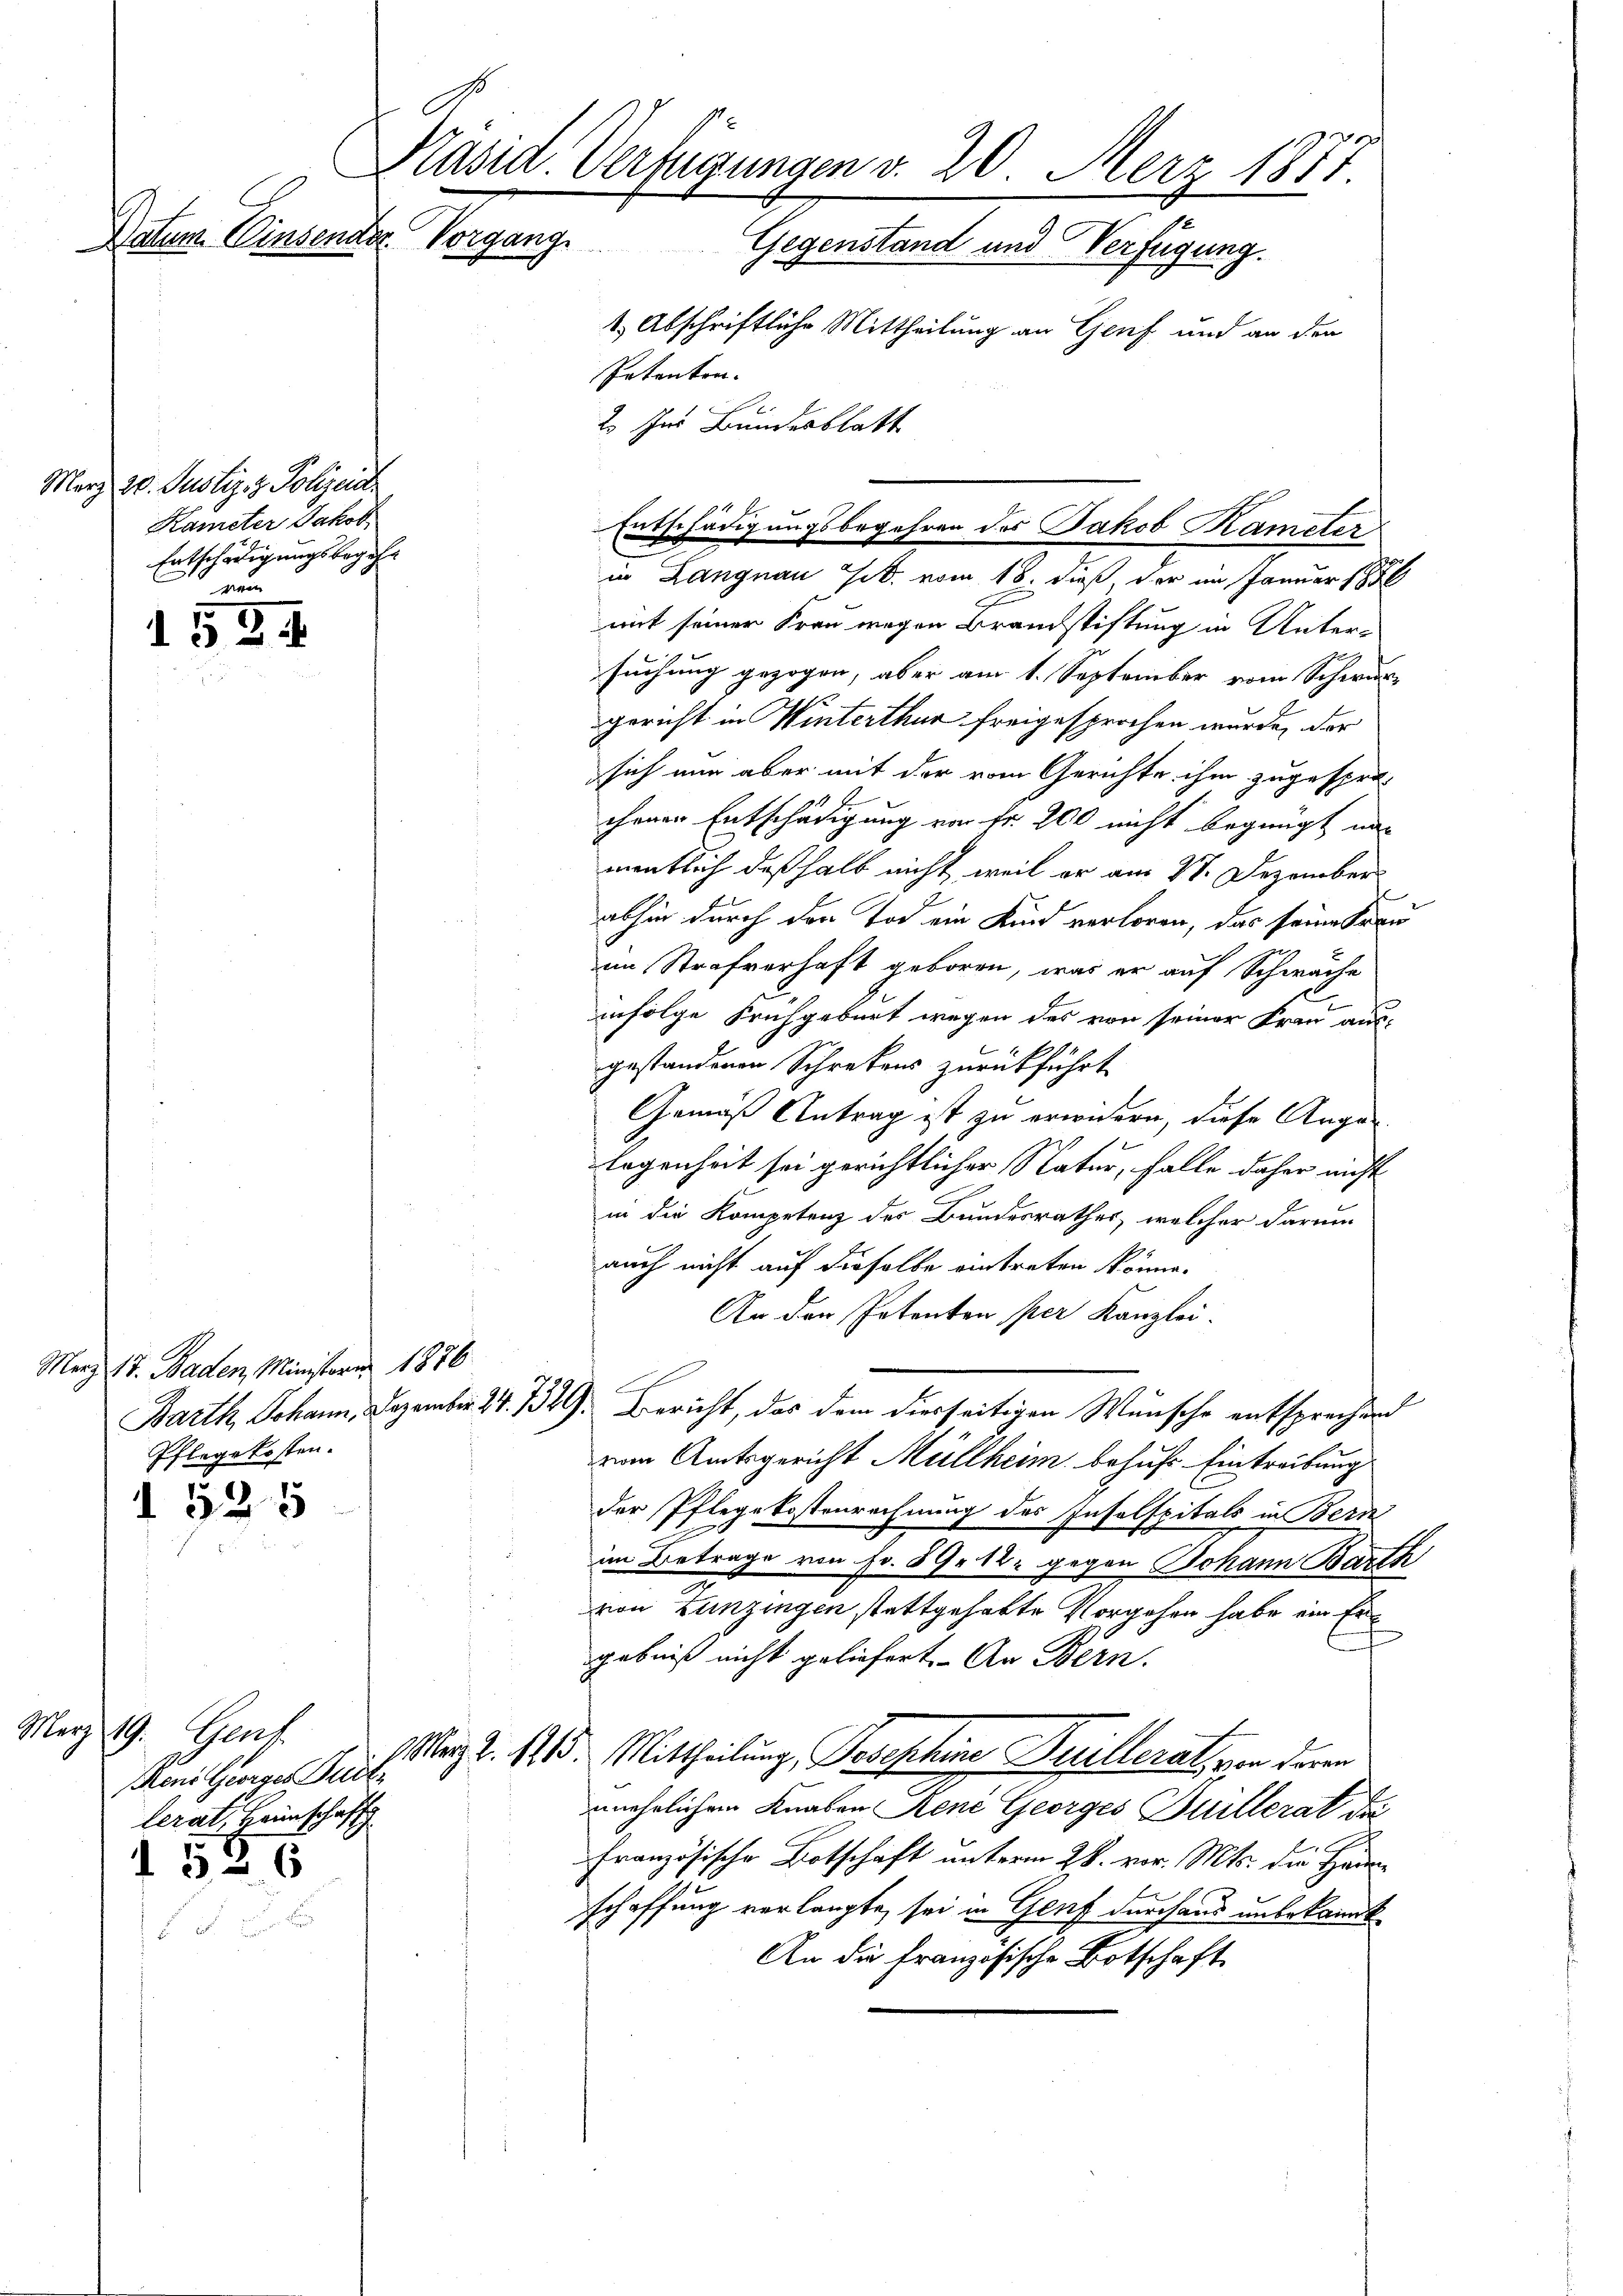
Datum. Einsender Vorgang

1534

525

März 20. Justiz & Polizeid
Kameter Jakob
Entschädigungsbegehr
 nun

Merz 17. Baden, Ministeres 1876.
Pflegekosten.

Präsid. Verfügungen v. 20. Merz 1877.
Gegenstand und Verfügung.
1) Abschriftliche Mittheilung an Genf und an den
Patenton.
2. Im Bundesblatt

März 19. Genf
Meni Georges Pult.
lerat, Heimschaft
5-6

Entschädigungsbegehren des Jakob Kameter

in Langnau sit. vom 18. dieß, der im Januar 1850
mit seiner Frau wegen Brandstiftung in Unter-
suchung gezogen, aber am 1. September vom Schwurgericht in Winterthur freigesprochen wurde, der
sich nun aber mit der vom Gerichte ihm zugespro-
chenen Entschädigung von fr. 200 nicht begnügt nac
mentlich deßhalb nicht, weil er am 27. Dezember
abhin durch den Tod ein Kind verloren, das seine Kreuim Strafverhaft geboren, was er auf Schwäche
infolge Frühgeburt wegen des von seiner Frau aus-
gestandenen Schretens zurückführt
Gemäß Antrag ist zu erwidern, diese Auge
logenheit sei gerichtlicher Natur, falle daher nicht
in die Kompetenz der Bundesrathes, welcher darum
auch nicht auf dieselbe eintreten könne.
An den Petenten per Kanzlei.
Barth Johann, Dezember 24. 129. Bericht, das dem diesseitigen Wunsche entsprechend
vom Amtsgericht Müllheim behufs Eintreibung
der Pflegekostenrechnung des Inselspitals in Bern
im Betrage von Fr. 89. 12. gegen Johann Barth
von Lunzingen stattgehabte Vorgehen habe ein Ergebniß nicht geliefert. An Bern.
MMärz Z. 1713. Mittheilung, Josephine Peillerat, von deren
unehelichem Knaben René Georges Buillerat der
Französische Botschaft unterm 28. vor. Mts. die Hausschaffung verlangte, sei in Genf durchaus unbekannt
An die französische Botschaft